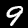
Label: 9